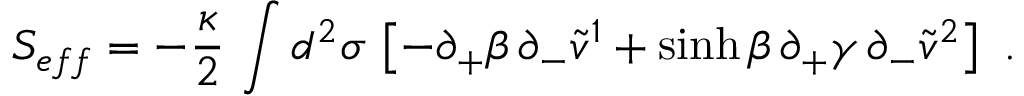
S _ { e f f } = - { \frac { \kappa } { 2 } } \, \int d ^ { 2 } \sigma \, \left[ - \partial _ { + } \beta \, \partial _ { - } \tilde { v } ^ { 1 } + \sinh \beta \, \partial _ { + } \gamma \, \partial _ { - } \tilde { v } ^ { 2 } \right] \ .